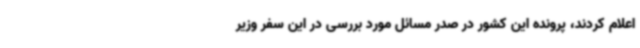
اعلام کردند، پرونده این کشور در صدر مسائل مورد بررسی در این سفر وزیر